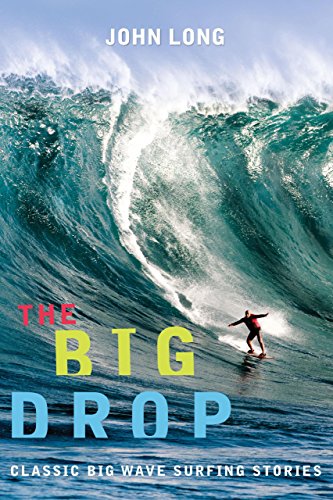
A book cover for The Big Drop: Classic Big Wave Surfing Stories; Travel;